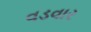
વડવાર